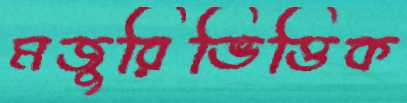
মজুরিভিত্তিক